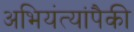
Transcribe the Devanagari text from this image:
अभियंत्यांपैकी